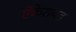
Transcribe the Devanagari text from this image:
ऐकेरायड